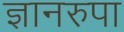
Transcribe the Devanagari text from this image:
ज्ञानरुपा